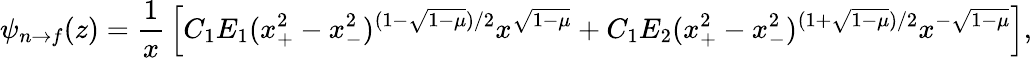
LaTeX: \psi_{n\to f}(z)={\frac{1}{x}}\left[C_{1}E_{1}(x_{+}^{2}-x_{-}^{2})^{(1-\sqrt{1-\mu})/2}x^{\sqrt{1-\mu}}+C_{1}E_{2}(x_{+}^{2}-x_{-}^{2})^{(1+\sqrt{1-\mu})/2}x^{-\sqrt{1-\mu}}\right],